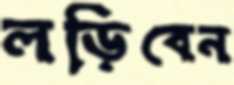
লড়িবেন